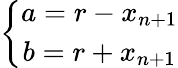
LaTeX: \left\{ \begin{array}{c}{{a=r-x_{n+1}}}\\ {{b=r+x_{n+1}}}\end{array}\right.